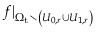
f | _ { \Omega _ { \mathrm { t } } \setminus \left( U _ { 0 , r } \cup U _ { 1 , r } \right) }